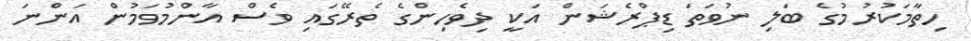
ހިތާމަކުރުމުގެ ބަލި ނުވަތަ ޑިޕްރެޝަން އަކީ ދިވެހިންގެ ތެރޭގައި ވެސް އާންމުވަމުން އަންނަ